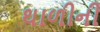
થાળીની